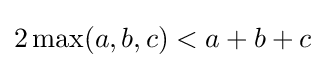
2\max(a,b,c)<a+b+c